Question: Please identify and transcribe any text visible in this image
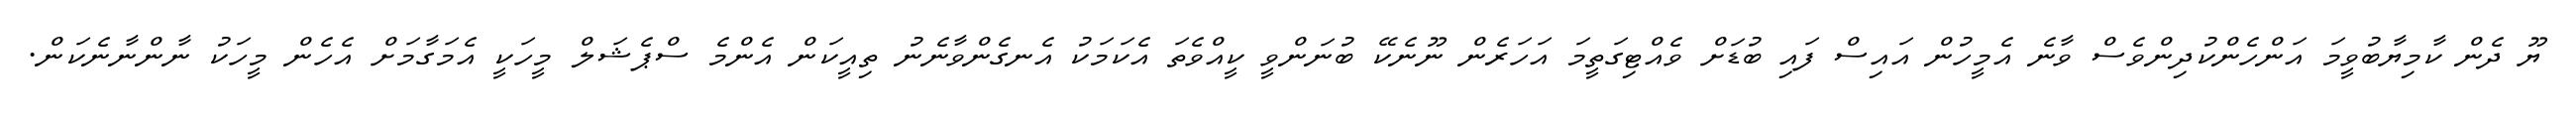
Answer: ޔޫ ދެން ކާމިޔާބުވީމަ އަންހެންކުދިންވެސް ވާނެ އެމީހުން އައިސް ފައި ބުޑަށް ވެއްޓިގަތީމަ އަހަރެން ނޫނެކޭ ބުނަންވީ ކީއްވެތަ އެކަމަކު އެނގެންވާނެނު ތިއީކަން އެންމެ ސްޕެޝަލް މީހަކީ އެމަގާމަށް އެހެން މީހަކު ނާންނާނެކަން.